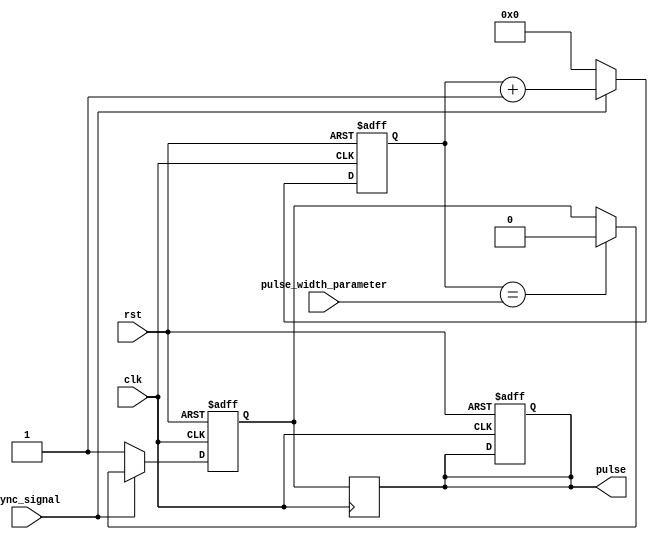
module pulse_width_generator(
  input wire clk,
  input wire rst,
  input wire sync_signal,
  input wire [7:0] pulse_width_parameter,
  output reg pulse
);

reg [7:0] counter;
reg pulse_reg;

always @(posedge clk or posedge rst) begin
  if (rst) begin
    counter <= 8'b0;
    pulse_reg <= 1'b0;
    pulse <= 1'b0;
  end else begin
    if (sync_signal) begin
      counter <= counter + 1;
      if (counter == pulse_width_parameter) begin
        pulse_reg <= 1'b0;
      end
    end else begin
      counter <= 8'b0;
      pulse_reg <= 1'b1;
    end
  end
end

always @(posedge clk) begin
  pulse <= pulse_reg;
end

endmodule